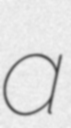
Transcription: a